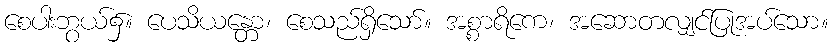
စေပါးဘွယ်၌။ ပေသိယန္တော၊ စေသည်ရှိသော်။ အစ္စာရိကေ၊ အဆောတလျှင်ပြုအပ်သော။